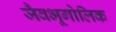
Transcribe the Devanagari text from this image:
जैवभूगोलिक